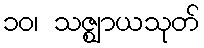
၁၀၊ သဇ္ဈာယသုတ်